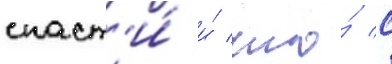
спаст'и́ и́ что́ с